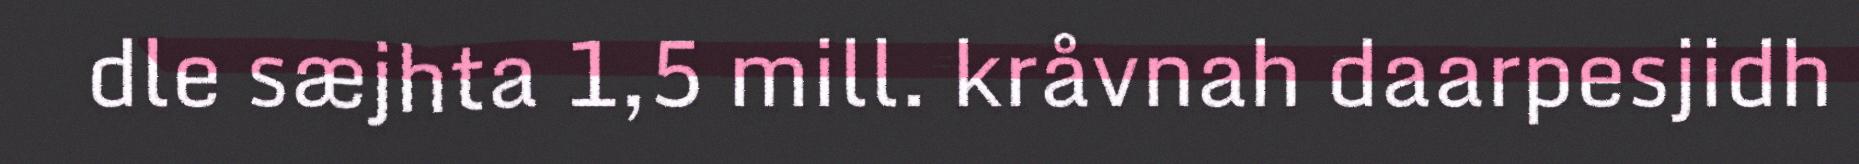
dle sæjhta 1,5 mill. kråvnah daarpesjidh